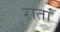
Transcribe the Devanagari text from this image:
रातां